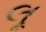
લૂ